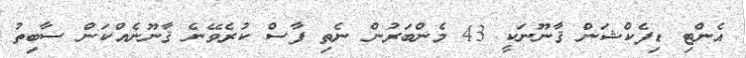
އެންޓި ޑިފެކްޝަން ޤާނޫނަކީ 43 މެންބަރުން ނެތި ފާސް ކުރެވޭނެ ޤާނޫނެއްކަން ސާބިތު